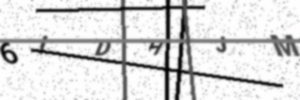
Text: 6IDHJM